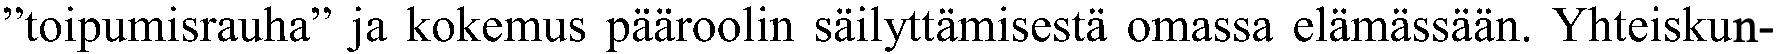
”toipumisrauha” ja kokemus pääroolin säilyttämisestä omassa elämässään. Yhteiskun-